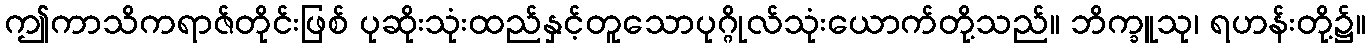
ဤကာသိကရာဇ်တိုင်းဖြစ် ပုဆိုးသုံးထည်နှင့်တူသောပုဂ္ဂိုလ်သုံးယောက်တို့သည်။ ဘိက္ခူသု၊ ရဟန်းတို့၌။